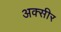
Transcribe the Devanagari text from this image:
अक्सीर